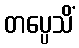
တပ္ပေသိံ